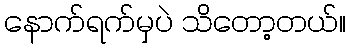
နောက်ရက်မှပဲ သိတော့တယ်။